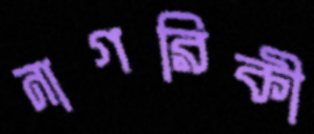
নাগরিকী